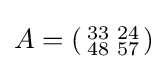
A=\left({\begin{smallmatrix}33&24\\48&57\end{smallmatrix}}\right)